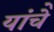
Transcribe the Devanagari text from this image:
यांचेे